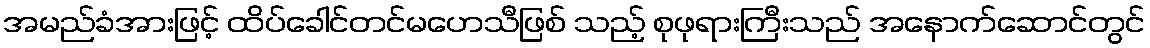
အမည်ခံအားဖြင့် ထိပ်ခေါင်တင်မဟေသီဖြစ် သည့် စုဖုရားကြီးသည် အနောက်ဆောင်တွင်